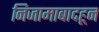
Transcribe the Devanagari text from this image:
निजामाबादहून